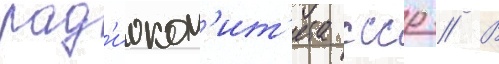
рад'иоком'ит'ета ссср // В